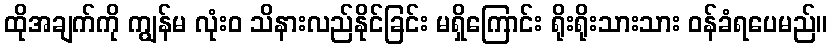
ထိုအချက်ကို ကျွန်မ လုံးဝ သိနားလည်နိုင်ခြင်း မရှိကြောင်း ရိုးရိုးသားသား ဝန်ခံရပေမည်။